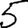
Digit: 5